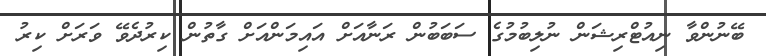
ބޭނުންވާ ނިއުޓްރިޝަން ނުލިބުމުގެ ސަބަބުން ރަނާއަށް އައިމަންއަށް ގާތުން ކިރުދެވޭ ވަރަށް ކިރު